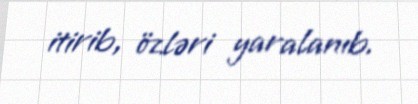
itirib, özləri yaralanıb.